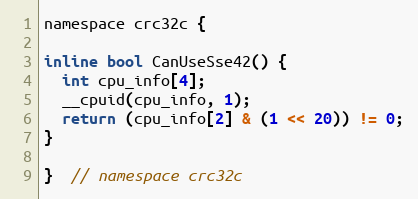
Language: C
namespace crc32c {

inline bool CanUseSse42() {
  int cpu_info[4];
  __cpuid(cpu_info, 1);
  return (cpu_info[2] & (1 << 20)) != 0;
}

}  // namespace crc32c